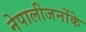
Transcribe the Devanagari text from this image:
नेपालीजनोंके